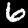
Label: 6